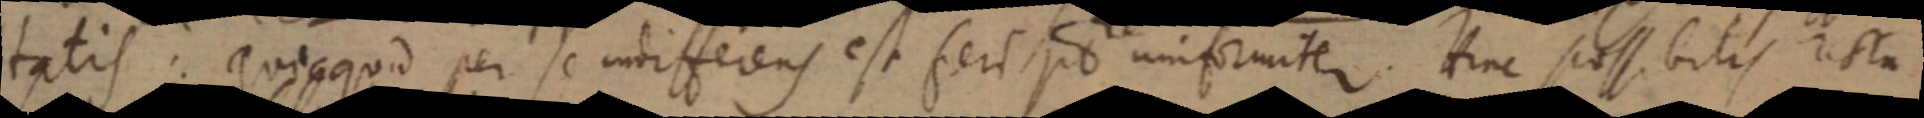
tatis. Quicquid per se indifferens est feri p8 uniformiter. Hinc possibilis resta